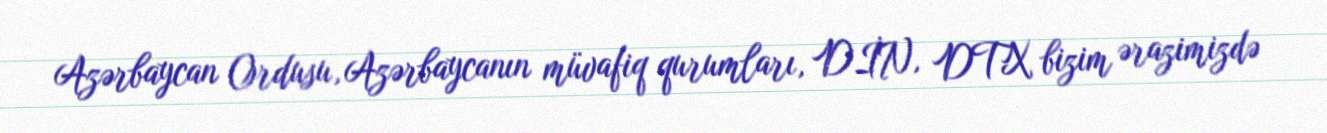
Azərbaycan Ordusu, Azərbaycanın müvafiq qurumları, DİN, DTX bizim ərazimizdə